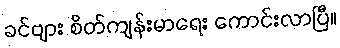
ခင်ဗျား စိတ်ကျန်းမာရေး ကောင်းလာပြီ။